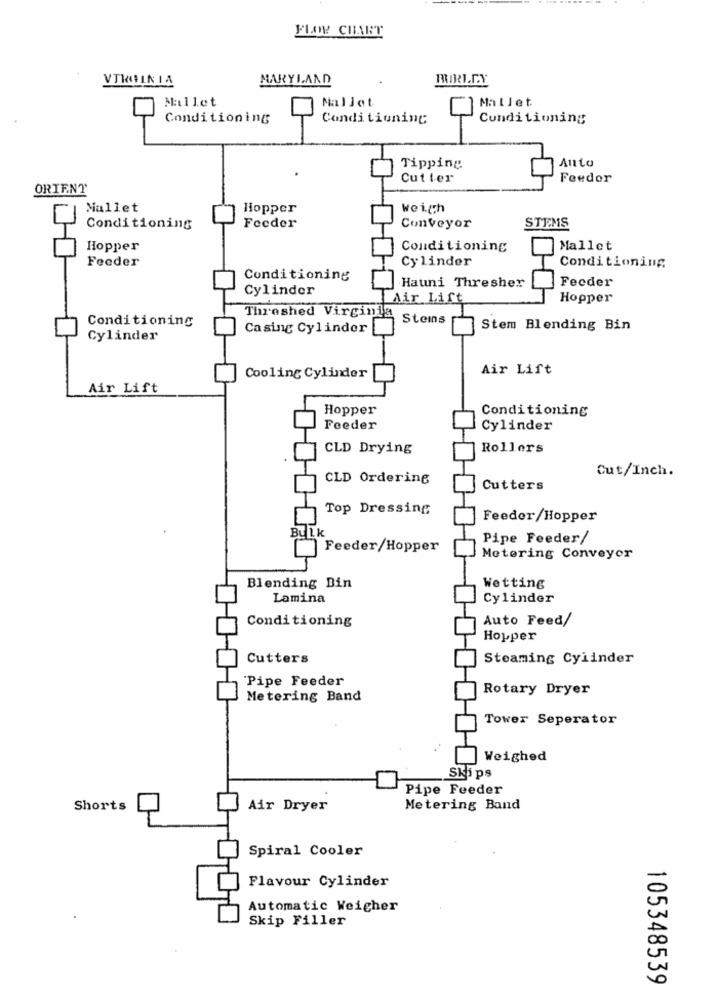
FLOW CHART
VTKOLNIA
MARYLAND
BIRLEY
Mallet
Mallet
Mallet
Conditioning
Conditioning
Conditioning
Anto
Tipping
Cutter
Feedor
ORIENT
Mallet
Hopper
weigh
Conditioning
Feeder
Conveyor
STEMS
Hopper
Conditioning
Mallet
Feeder
Cylinder
Conditioning
Conditioning
Feeder
Cylinder
Hauni Thresher
Air Lift
Hopper
Thrashed Virginia
Conditioning
Stems
Casing Cylinder
Stem Blending Bin
Cylinder
Air Lift
Cooling Cylinder
Air Lift
Hopper
Conditioning
Feeder
Cylinder
CLD Drying
Rollers
Cut/Inch.
CLD Ordering
Cutters
Top Dressing
Feeder/Hopper
BULK
Pipe Feeder/
Feeder/Hopper
Metering Conveyor
Blending Bin
Wetting
Lamina
Cylinder
Conditioning
Auto Feed/
Hopper
Cutters
Steaming Cylinder
Pipe Feeder
Rotary Dryer
Metering Band
Tower Seperator
Weighed
Skips
Pipe Feeder
Shorts
Air Dryer
Metering Band
Spiral Cooler
Flavour Cylinder
Automatic Weicher
Skip Filler
105348539